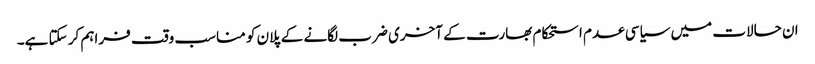
ان حالات میں سیاسی عدم استحکام بھارت کے آخری ضرب لگانے کے پلان کو مناسب وقت فراہم کر سکتا ہے۔